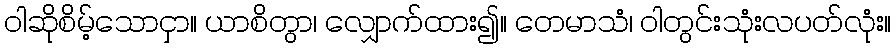
ဝါဆိုစိမ့်သောငှာ။ ယာစိတွာ၊ လျှောက်ထား၍။ တေမာသံ၊ ဝါတွင်းသုံးလပတ်လုံး။